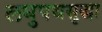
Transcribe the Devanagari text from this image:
लघुपथसुद्धा